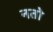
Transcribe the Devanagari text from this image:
नतो